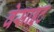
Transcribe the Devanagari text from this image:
वेसाइट